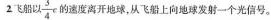
2飞船以 \frac{3}{4}c的速度离开地球，从飞船上向地球发射一个光信号。